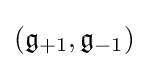
({\mathfrak {g}}_{+1},{\mathfrak {g}}_{-1})